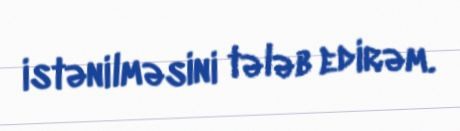
istənilməsini tələb edirəm.